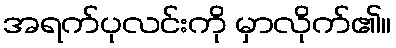
အရက်ပုလင်းကို မှာလိုက်၏။